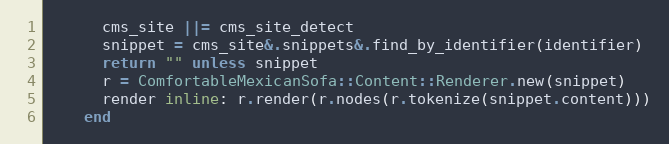
Language: Ruby
      cms_site ||= cms_site_detect
      snippet = cms_site&.snippets&.find_by_identifier(identifier)
      return "" unless snippet
      r = ComfortableMexicanSofa::Content::Renderer.new(snippet)
      render inline: r.render(r.nodes(r.tokenize(snippet.content)))
    end